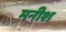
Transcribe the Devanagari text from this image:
मनीश